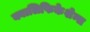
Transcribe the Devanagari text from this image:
क्वालिफिकेशेन्स